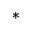
^ \ast